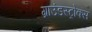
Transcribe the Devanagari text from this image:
ग्राउंडस्ट्रोक्स